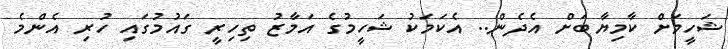
ޝަހީމަށް ކާމިޔާބަށް އެދެން.. އެކަމަކު ޝަހީމުގެ އަމާޒު ތިހިރީ ގައުމުގައި ހުރި އެންމެ